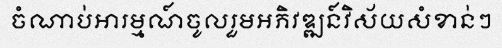
ចំណាប់អារម្មណ៍ចូលរួមអភិវឌ្ឍន៍វិស័យសំខាន់ៗ